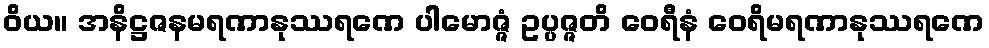
ဝိယ။ အနိဋ္ဌဇနမရဏာနုဿရဏေ ပါမောဇ္ဇံ ဥပ္ပဇ္ဇတိ ဝေရီနံ ဝေရိမရဏာနုဿရဏေ